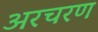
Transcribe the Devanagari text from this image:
अरचरण